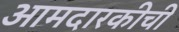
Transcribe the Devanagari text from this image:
आमदारकीची